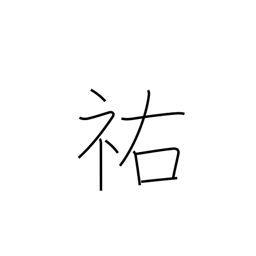
Meaning: help